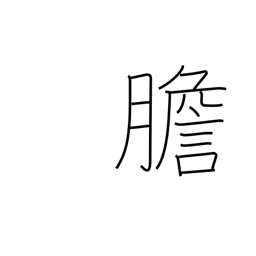
Meaning: gall bladder